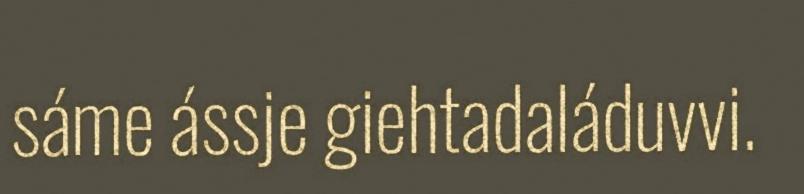
sáme ássje giehtadaláduvvi.